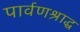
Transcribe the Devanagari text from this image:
पार्वणश्राद्ध